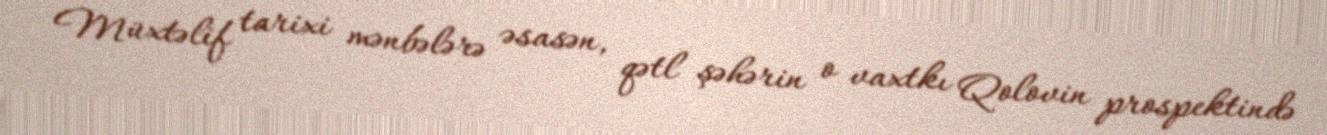
Müxtəlif tarixi mənbələrə əsasən, qətl şəhərin o vaxtkı Qolovin prospektində